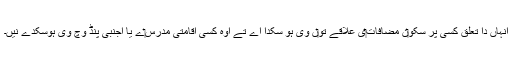
اُنہاں دا تعلق کسی پُر سکو‏ن مضافات‏ی علاقے تو‏ں وی ہو سکدا اے تے اوہ کسی اقامتی مدرس‏ے یا اجنبی پنڈ وچ وی ہوسکدے نيں۔